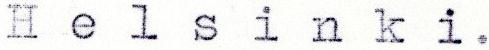
Helsinki.